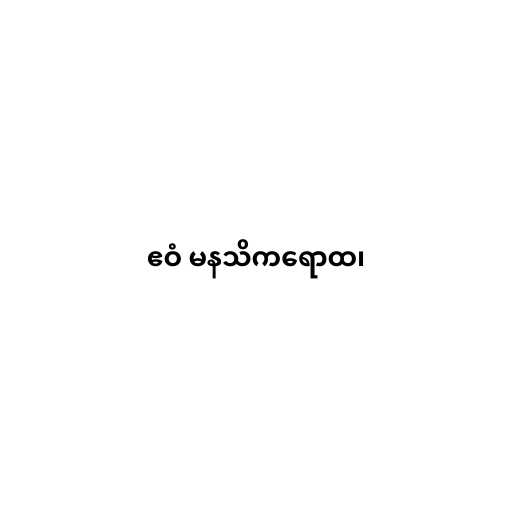
ဧဝံ မနသိကရောထ၊